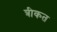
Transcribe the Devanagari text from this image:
त्रीकत